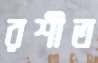
রশীত